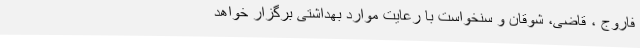
فاروج ، قاضی، شوقان و سنخواست با رعایت موارد بهداشتی برگزار خواهد